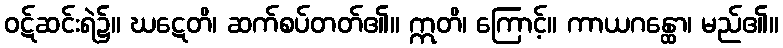
ဝဋ်ဆင်းရဲ၌။ ဃဋေတိ၊ ဆက်စပ်တတ်၏။ ဣတိ၊ ကြောင့်။ ကာယဂန္ထော၊ မည်၏။